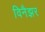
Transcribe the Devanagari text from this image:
विनैझर